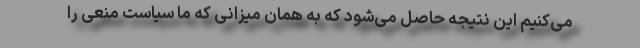
می‌کنیم این نتیجه حاصل می‌شود که به همان میزانی که ما سیاست منعی را